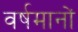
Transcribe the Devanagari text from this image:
वर्षमानों